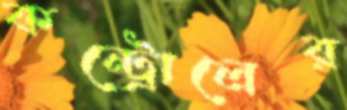
কন্ট্রোলের